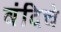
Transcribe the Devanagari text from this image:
बंदिचे